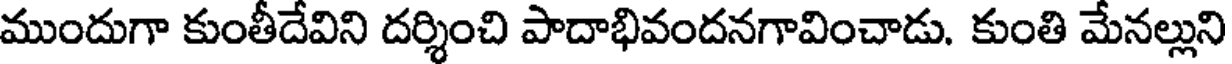
ముందుగా కుంతీదేవిని దర్శించి పాదాభివందనగావించాడు. కుంతి మేనల్లుని